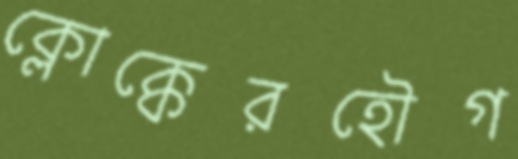
ক্লোক্কেরহৌগ